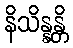
နိသိန္နန္တိ